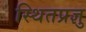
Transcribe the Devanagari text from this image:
स्थितप्रज्ञु